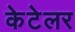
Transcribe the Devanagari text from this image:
केटेलर